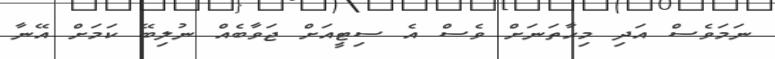
ނަމަވެސް އަދި މިހާތަނަށް ވެސް އެ ސިޓީއަށް ޖަވާބެއް ނުލިބޭ ކަމަށް އޭނާ